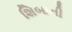
શિબાની